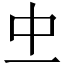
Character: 𠀐